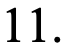
11.